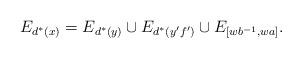
LaTeX: \begin{align*}E_{d^*(x)} = E_{d^*(y)} \cup E_{d^*(y'f')} \cup E_{[wb^{-1}, wa]}.\end{align*}